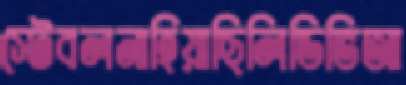
স্টেবলনাহিয়াছিলিডিভিআ